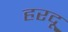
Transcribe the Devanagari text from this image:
हरदू